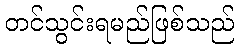
တင်သွင်းရမည်ဖြစ်သည်